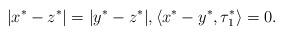
LaTeX: \begin{align*} |x^*-z^*| = |y^*-z^*|,\left<x^*-y^*,\tau^*_1 \right> = 0. \end{align*}